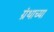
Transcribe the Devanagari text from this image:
ग्रंथाच्‍या